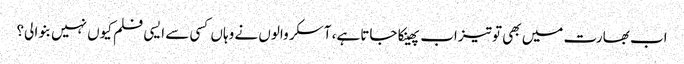
اب بھارت میں بھی تو تیزاب پھینکا جاتا ہے، آسکر والوں نے وہاں کسی سے ایسی فلم کیوں نہیں بنوا لی؟